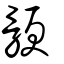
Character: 骾